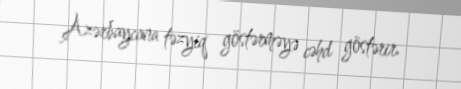
Azərbaycana təzyiq göstərməyə cəhd göstərir.